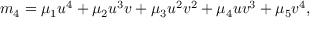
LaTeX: m _ { 4 } = \mu _ { 1 } u ^ { 4 } + \mu _ { 2 } u ^ { 3 } v + \mu _ { 3 } u ^ { 2 } v ^ { 2 } + \mu _ { 4 } u v ^ { 3 } + \mu _ { 5 } v ^ { 4 } ,